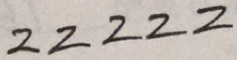
2 2 2 2 2